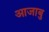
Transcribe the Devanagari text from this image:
आजाबु